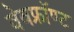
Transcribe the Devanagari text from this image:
वेवफ्रॉण्ट